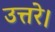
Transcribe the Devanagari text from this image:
उत्तरे।